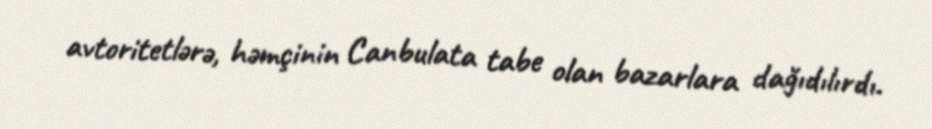
avtoritetlərə, həmçinin Canbulata tabe olan bazarlara dağıdılırdı.